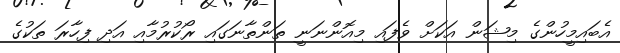
އެބައިމީހުންގެ މިޝަން އަކަށް ވެފައި މިއޮންނަނީ ތަންތާނަގައި ރޯކުރުމާއި އަދި ފިހާރަ ތަކުގެ